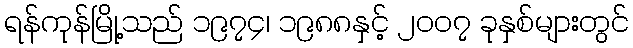
ရန်ကုန်မြို့သည် ၁၉၇၄၊ ၁၉၈၈နှင့် ၂၀၀၇ ခုနှစ်များတွင်